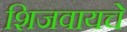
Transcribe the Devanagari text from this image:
शिजवायचे